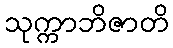
သုက္ကာဘိဇာတိ